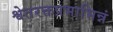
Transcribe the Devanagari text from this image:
श्वेतरक्तप्रभाभिन्नं